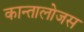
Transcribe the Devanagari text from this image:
कान्तालोजस